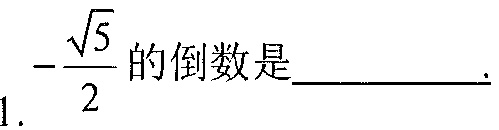
1. $-\dfrac{\sqrt{5}}{2}$的倒数是__________.